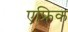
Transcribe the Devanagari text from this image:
एफ्रिक